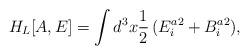
LaTeX: \begin{align*}H_L[A,E] = \int d^3 x \frac{1}{2}\,(E^{a2}_i + B^{a2}_i) ,\end{align*}